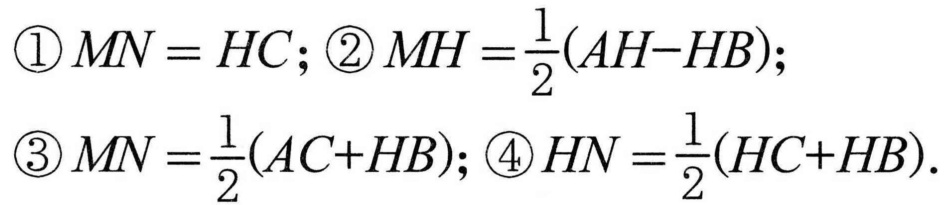
\begin{align*}
&\textcircled{1}MN = HC;\textcircled{2}MH=\frac{1}{2}(AH - HB);\\
&\textcircled{3}MN=\frac{1}{2}(AC + HB);\textcircled{4}HN=\frac{1}{2}(HC + HB).
\end{align*}